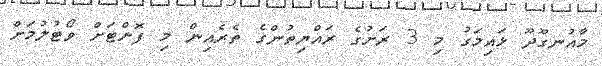
މާއުނގޫދޫ ޅައިމަގު މި 3 ރަށުގެ ރައްޔިތުންގެ ތެރެއިން މި ފޮށްޓަށް ވޯޓުލުމަށް